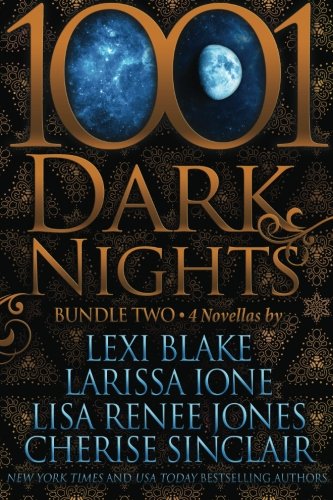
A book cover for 1001 Dark Nights: Bundle Two; Lexi Blake; Romance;